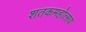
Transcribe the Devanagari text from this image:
शतकमहोत्सव